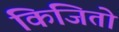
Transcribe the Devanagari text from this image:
किजितो